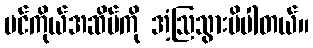
ပင်ကိုယ်အဆိပ်ကို အံ့ဩသွားမိပါတယ်။